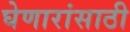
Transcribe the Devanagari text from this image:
घेणारांसाठी